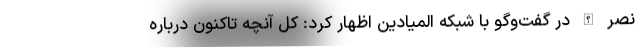
نصر الله در گفت‌وگو با شبکه المیادین اظهار کرد: کل آنچه تاکنون درباره